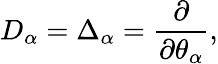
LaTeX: D_{\alpha}=\Delta_{\alpha}=\frac{\partial}{\partial\theta_{\alpha}},